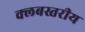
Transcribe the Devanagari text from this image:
क्लबस्तरीय